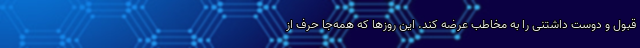
قبول و دوست داشتنی را به مخاطب عرضه کند. این روزها که همه‌جا حرف از